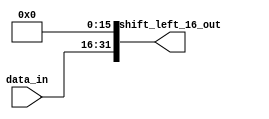
module ShiftLeft16(
    input  wire [15:0] data_in,
    output wire [31:0] shift_left_16_out
);

    wire [31:0] data;

    assign data = {{16{1'b0}}, data_in};
    assign shift_left_16_out = data << 16;

endmodule